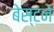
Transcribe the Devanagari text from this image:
बेस्टने